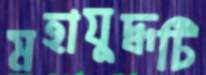
মহাযুদ্ধটি